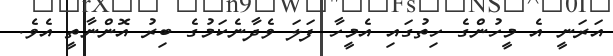
އަރަނީ އެ މީހުންގެ ހިތުގައި އެމީހާ ފަލަ ވެދާނެކަމުގެ ބިރު އޮންނާތީ އެވެ.